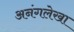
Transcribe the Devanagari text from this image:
अनंगलेखा